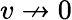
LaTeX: v\nrightarrow 0